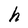
Character: h